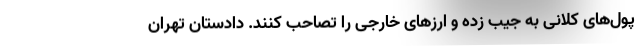
پول‌های کلانی به جیب زده و ارزهای خارجی را تصاحب کنند. دادستان تهران